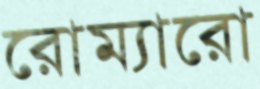
রোম্যারো